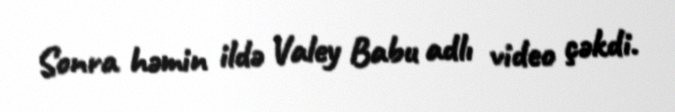
Sonra həmin ildə Valey Babu adlı video çəkdi.